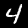
Digit: 4